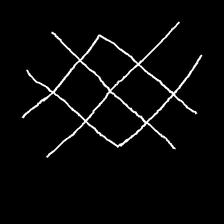
Glyph: crystal